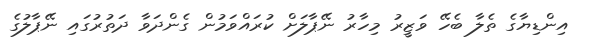
އިންޑިޔާގެ ތެލާ ބެހޭ ވަޒީރު މިހާރު ނޭޕާލަށް ކުރައްވަމުން ގެންދަވާ ދަތުރުގައި ނޭޕާލުގެ